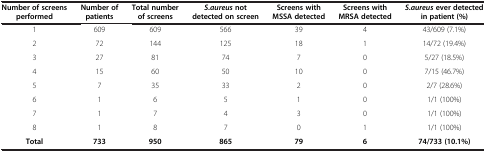
| Number of screens performed | Number of patients | Total number of screens | S.aureus not detected on screen | Screens with MSSA detected | Screens with MRSA detected | S.aureus ever detected in patient (%) |
 | --- | --- | --- | --- | --- | --- | --- |
 | 1 | 609 | 609 | 566 | 39 | 4 | 43/609 (7.1%) |
 | 2 | 72 | 144 | 125 | 18 | 1 | 14/72 (19.4%) |
 | 3 | 27 | 81 | 74 | 7 | 0 | 5/27 (18.5%) |
 | 4 | 15 | 60 | 50 | 10 | 0 | 7/15 (46.7%) |
 | 5 | 7 | 35 | 33 | 2 | 0 | 2/7 (28.6%) |
 | 6 | 1 | 6 | 5 | 1 | 0 | 1/1 (100%) |
 | 7 | 1 | 7 | 4 | 3 | 0 | 1/1 (100%) |
 | 8 | 1 | 8 | 7 | 0 | 1 | 1/1 (100%) |
 | Total | 733 | 950 | 865 | 79 | 6 | 74/733 (10.1%) |